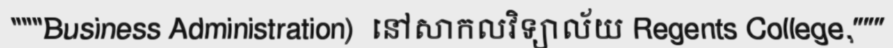
"""Business Administration)  នៅសាកលវិទ្យាល័យ Regents College,"""